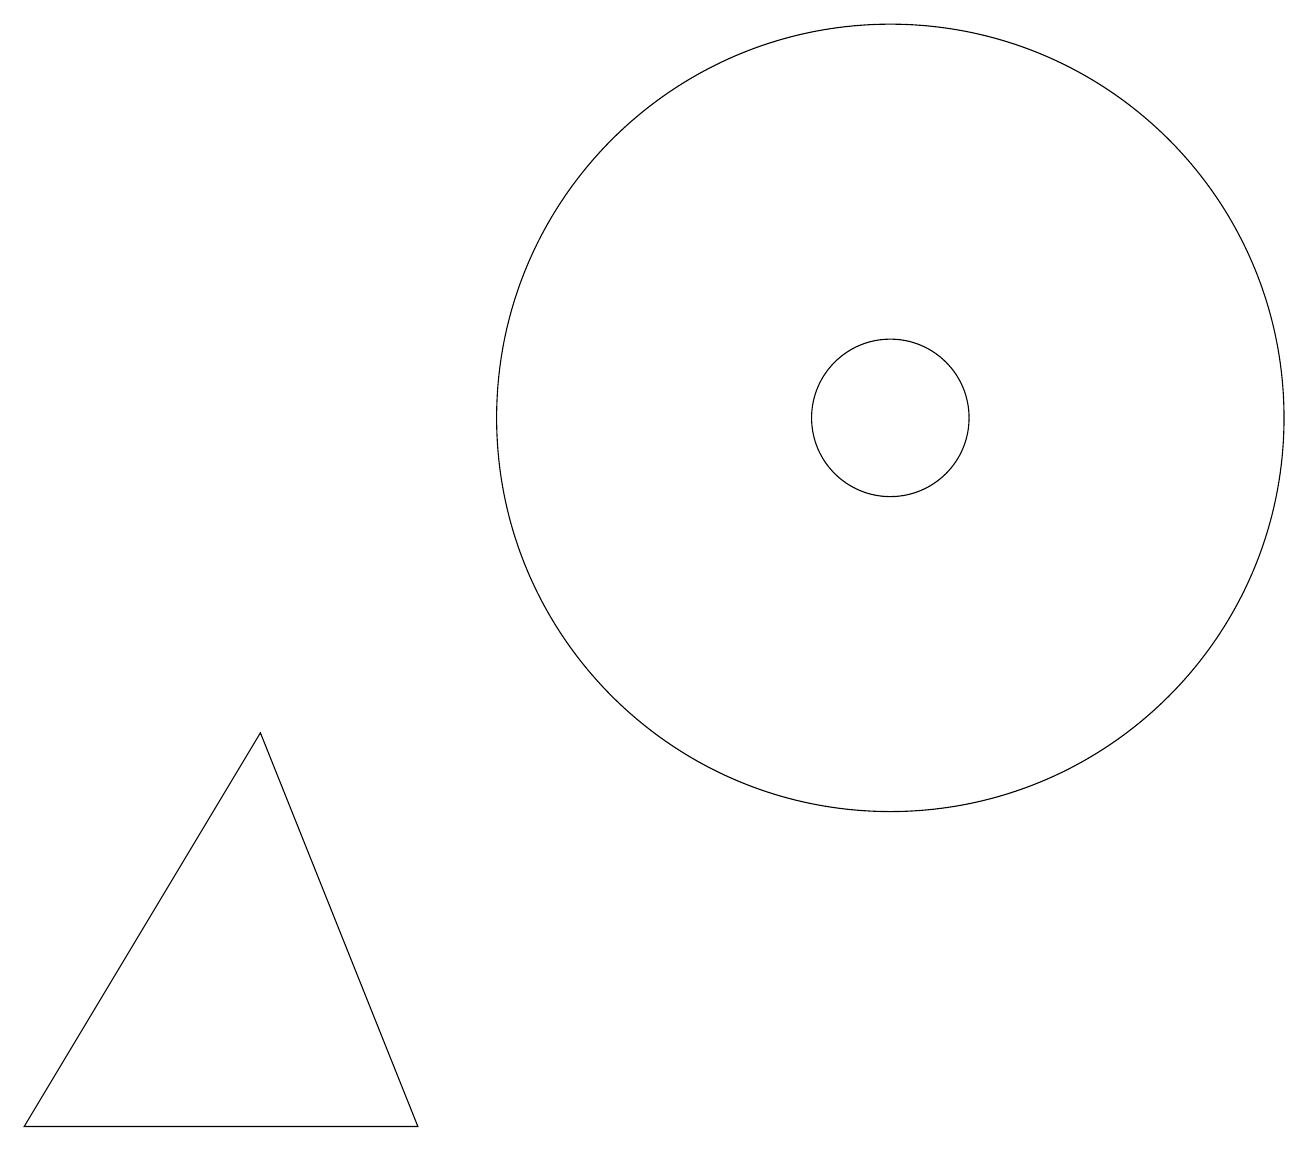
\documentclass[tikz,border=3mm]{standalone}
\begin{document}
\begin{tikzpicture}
\draw (11,11) circle (1);
\draw (11,11) circle (5);
\draw (5,2) -- (0,2) -- (3,7) -- cycle;
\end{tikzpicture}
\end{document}